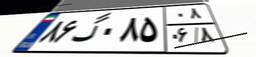
۸۶گ۰۸۵۰۸